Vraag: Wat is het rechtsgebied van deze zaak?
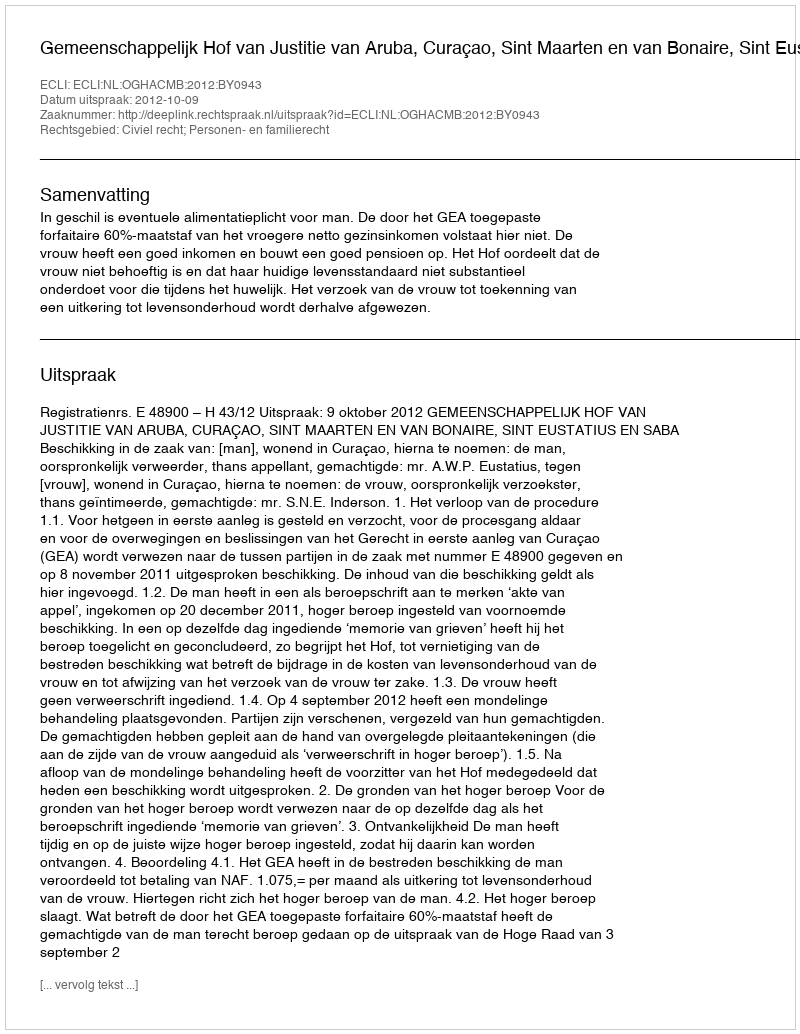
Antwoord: Civiel recht; Personen- en familierecht